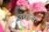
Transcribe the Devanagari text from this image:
उचावः